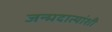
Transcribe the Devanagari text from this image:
जन्मदात्यांशी